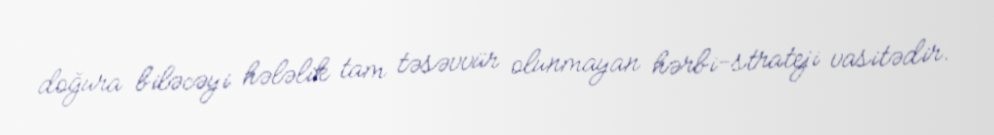
doğura biləcəyi hələlik tam təsəvvür olunmayan hərbi-strateji vasitədir.